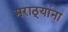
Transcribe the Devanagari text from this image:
मराठ्‍यांना